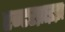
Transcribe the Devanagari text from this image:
एन्टरप्राइझ